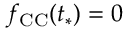
f _ { \mathrm { C C } } ( t _ { * } ) = 0